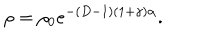
LaTeX: \rho = \rho _ { 0 } e ^ { - ( D - 1 ) ( 1 + \gamma ) \alpha } .